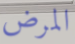
المرض